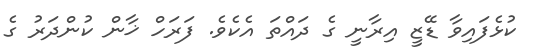
ކުޅެފައިވާ ޑޭޒީ އިރާނީ ގެ ދައްތަ އެކެވެ. ފަރަހް ޚާން ކުންދަރު ގެ